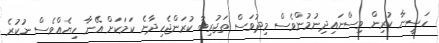
ހަސީނާ ކުރިން ވިސްނައިދިނުމުންވެސް މިދުވަސް ތަޖުރިބާ ކުރަންޖެހިދާނެ ކަމަކަށް އޭނާ ހިޔެއްވެސް ނުކުރެ